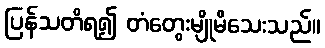
ပြန်သတိရ၍ တံတွေးမျိုမိသေးသည်။